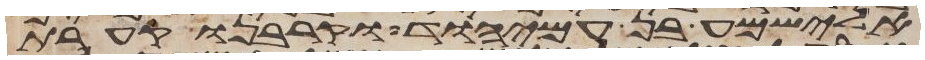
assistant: אלישמע בן עמיהוד וקרבנו קערת